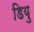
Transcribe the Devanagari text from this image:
डियु